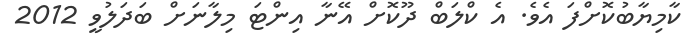
ކާމިޔާބުކޮށްފަ އެވެ. އެ ކްލަބް ދޫކޮށް އޭނާ އިންޓަ މިލާނަށް ބަދަލުވީ 2012